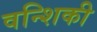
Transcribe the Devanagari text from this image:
वन्शिकी